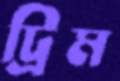
ট্রিম